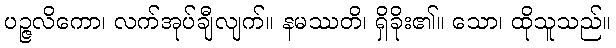
ပဉ္ဇလိကော၊ လက်အုပ်ချီလျက်။ နမဿတိ၊ ရှိခိုး၏။ သော၊ ထိုသူသည်။